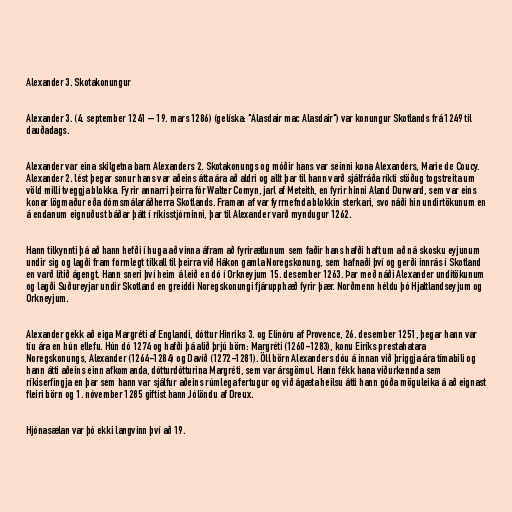
Alexander 3. Skotakonungur

Alexander 3. (4. september 1241 – 19. mars 1286) (gelíska: "Alasdair mac Alasdair") var konungur Skotlands frá 1249 til
dauðadags.

Alexander var eina skilgetna barn Alexanders 2. Skotakonungs og móðir hans var seinni kona Alexanders, Marie de Coucy.
Alexander 2. lést þegar sonur hans var aðeins átta ára að aldri og allt þar til hann varð sjálfráða ríkti stöðug togstreita um
völd milli tveggja blokka. Fyrir annarri þeirra fór Walter Comyn, jarl af Meteith, en fyrir hinni Aland Durward, sem var eins
konar lögmaður eða dómsmálaráðherra Skotlands. Framan af var fyrrnefnda blokkin sterkari, svo náði hin undirtökunum en
á endanum eignuðust báðar þátt í ríkisstjórninni, þar til Alexander varð myndugur 1262.

Hann tilkynnti þá að hann hefði í huga að vinna áfram að fyrirætlunum sem faðir hans hafði haft um að ná skosku eyjunum
undir sig og lagði fram formlegt tilkall til þeirra við Hákon gamla Noregskonung, sem hafnaði því og gerði innrás í Skotland
en varð lítið ágengt. Hann sneri því heim á leið en dó í Orkneyjum 15. desember 1263. Þar með náði Alexander unditökunum
og lagði Suðureyjar undir Skotland en greiddi Noregskonungi fjárupphæð fyrir þær. Norðmenn héldu þó Hjaltlandseyjum og
Orkneyjum.

Alexander gekk að eiga Margréti af Englandi, dóttur Hinriks 3. og Elinóru af Provence, 26. desember 1251, þegar hann var
tíu ára en hún ellefu. Hún dó 1274 og hafði þá alið þrjú börn: Margréti (1260-1283), konu Eiríks prestahatara
Noregskonungs, Alexander (1264-1284) og Davíð (1272-1281). Öll börn Alexanders dóu á innan við þriggja ára tímabili og
hann átti aðeins einn afkomanda, dótturdótturina Margréti, sem var ársgömul. Hann fékk hana viðurkennda sem
ríkiserfingja en þar sem hann var sjálfur aðeins rúmlega fertugur og við ágæta heilsu átti hann góða möguleika á að eignast
fleiri börn og 1. nóvember 1285 giftist hann Jólöndu af Dreux.

Hjónasælan var þó ekki langvinn því að 19.